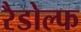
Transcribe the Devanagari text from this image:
रैडोल्फ